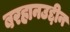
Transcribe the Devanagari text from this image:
बरहानउद्दीन